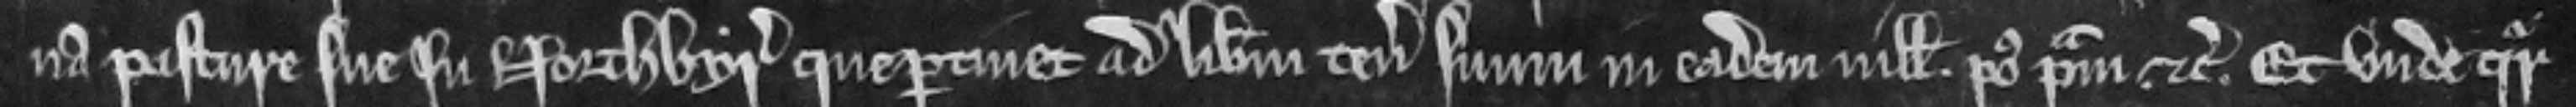
na pasture sue in Northbyr que pertinet ad liberum tenementum suum in eadem villa post primam etc. Et unde queritur